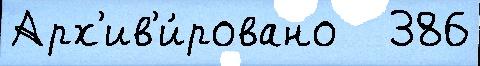
Арх'ив'и́ровано   386